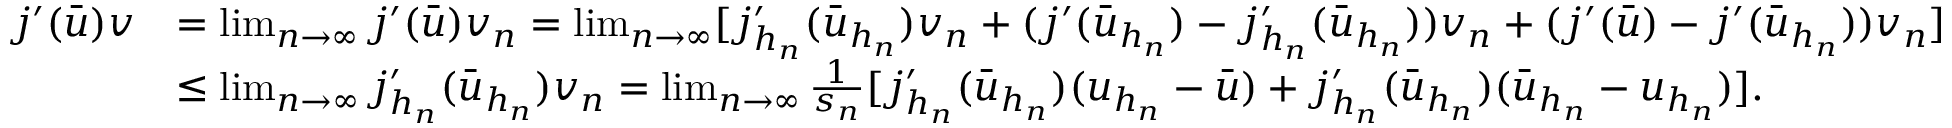
\begin{array} { r l } { j ^ { \prime } ( \bar { u } ) v } & { = \operatorname* { l i m } _ { n \to \infty } j ^ { \prime } ( \bar { u } ) v _ { n } = \operatorname* { l i m } _ { n \to \infty } [ j _ { h _ { n } } ^ { \prime } ( \bar { u } _ { h _ { n } } ) v _ { n } + ( j ^ { \prime } ( \bar { u } _ { h _ { n } } ) - j _ { h _ { n } } ^ { \prime } ( \bar { u } _ { h _ { n } } ) ) v _ { n } + ( j ^ { \prime } ( \bar { u } ) - j ^ { \prime } ( \bar { u } _ { h _ { n } } ) ) v _ { n } ] } \\ & { \leq \operatorname* { l i m } _ { n \to \infty } j _ { h _ { n } } ^ { \prime } ( \bar { u } _ { h _ { n } } ) v _ { n } = \operatorname* { l i m } _ { n \to \infty } \frac { 1 } { s _ { n } } [ j _ { h _ { n } } ^ { \prime } ( \bar { u } _ { h _ { n } } ) ( u _ { h _ { n } } - \bar { u } ) + j _ { h _ { n } } ^ { \prime } ( \bar { u } _ { h _ { n } } ) ( \bar { u } _ { h _ { n } } - u _ { h _ { n } } ) ] . } \end{array}